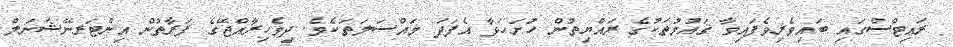
ރައިޓްސްގައި ބައިވެރިވެފައިވާ ޤައުމުތަކުގެ ރައްޔިތުން ހުށަހަޅާ އެފަދަ މައްސަލަތަކެވެ. ދިވެހިރާއްޖޭގެ ފަރާތުން އިންޓަރނޭޝަނަލް